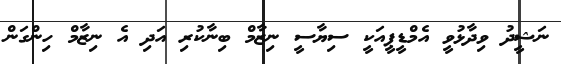
ނަޝީދު ވިދާޅުވީ އެމްޑީޕީއަކީ ސިޔާސީ ނިޒާމް ބިނާކުރި އަދި އެ ނިޒާމް ހިންގަން